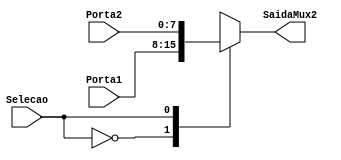
module Mux2Para1 (Porta1, Porta2, Selecao, SaidaMux2);
    input wire [7:0] Porta1, Porta2; 
    input wire Selecao;
    output reg [7:0] SaidaMux2;
    
    always @(*) begin
        case (Selecao)
            1'b0: SaidaMux2 = Porta1;
            1'b1: SaidaMux2 = Porta2;
        endcase
    end
endmodule